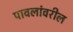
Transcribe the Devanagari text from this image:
पावलांवरील